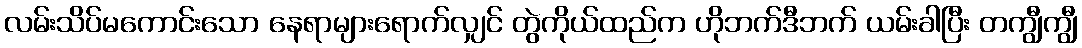
လမ်းသိပ်မကောင်းသော နေရာများရောက်လျှင် တွဲကိုယ်ထည်က ဟိုဘက်ဒီဘက် ယမ်းခါပြီး တကျွီကျွီ